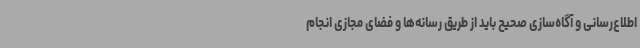
اطلاع‌رسانی و آگاه‌سازی صحیح باید از طریق رسانه‌ها و فضای مجازی انجام